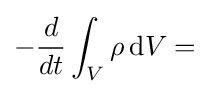
-{\frac {d}{dt}}\int _{V}\rho \,\mathrm {d} V=